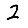
Digit: 2